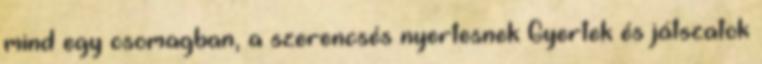
mind egy csomagban, a szerencsés nyertesnek Gyertek és játszatok